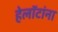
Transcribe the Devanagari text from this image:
हेलॉटांना